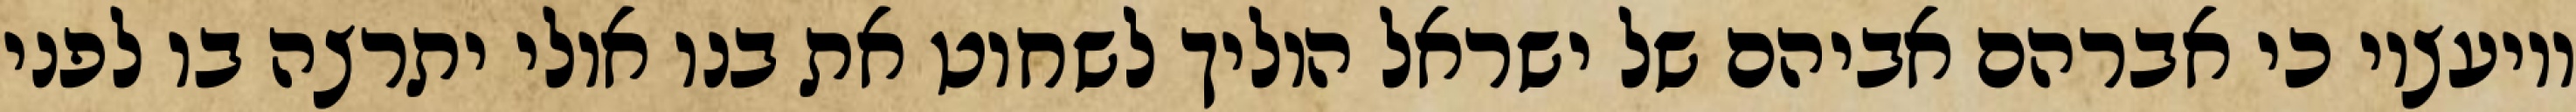
ויועציו כי אברהם אביהם של ישראל הוליך לשחוט את בנו אולי יתרצה בו לפני